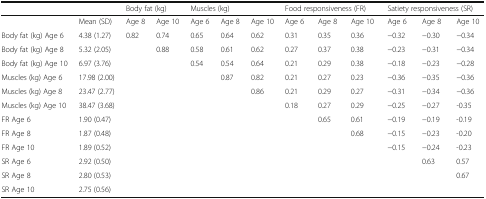
<table><thead><tr><td></td><td></td><td colspan="2"><b>Body fat (kg)</b></td><td colspan="3"><b>Muscles (kg)</b></td><td colspan="3"><b>Food responsiveness (FR)</b></td><td colspan="3"><b>Satiety responsiveness (SR)</b></td></tr></thead><tbody><tr><td></td><td>Mean (SD)</td><td>Age 8</td><td>Age 10</td><td>Age 6</td><td>Age 8</td><td>Age 10</td><td>Age 6</td><td>Age 8</td><td>Age 10</td><td>Age 6</td><td>Age 8</td><td>Age 10</td></tr><tr><td>Body fat (kg) Age 6</td><td>4.38 (1.27)</td><td>0.82</td><td>0.74</td><td>0.65</td><td>0.64</td><td>0.62</td><td>0.31</td><td>0.35</td><td>0.36</td><td>−0.32</td><td>−0.30</td><td>−0.34</td></tr><tr><td>Body fat (kg) Age 8</td><td>5.32 (2.05)</td><td></td><td>0.88</td><td>0.58</td><td>0.61</td><td>0.62</td><td>0.27</td><td>0.37</td><td>0.38</td><td>−0.23</td><td>−0.31</td><td>−0.34</td></tr><tr><td>Body fat (kg) Age 10</td><td>6.97 (3.76)</td><td></td><td></td><td>0.54</td><td>0.54</td><td>0.64</td><td>0.21</td><td>0.29</td><td>0.38</td><td>−0.18</td><td>−0.23</td><td>−0.28</td></tr><tr><td>Muscles (kg) Age 6</td><td>17.98 (2.00)</td><td></td><td></td><td></td><td>0.87</td><td>0.82</td><td>0.21</td><td>0.27</td><td>0.23</td><td>−0.36</td><td>−0.35</td><td>−0.36</td></tr><tr><td>Muscles (kg) Age 8</td><td>23.47 (2.77)</td><td></td><td></td><td></td><td></td><td>0.86</td><td>0.21</td><td>0.29</td><td>0.27</td><td>−0.31</td><td>−0.34</td><td>−0.36</td></tr><tr><td>Muscles (kg) Age 10</td><td>38.47 (3.68)</td><td></td><td></td><td></td><td></td><td></td><td>0.18</td><td>0.27</td><td>0.29</td><td>−0.25</td><td>−0.27</td><td>-0.35</td></tr><tr><td>FR Age 6</td><td>1.90 (0.47)</td><td></td><td></td><td></td><td></td><td></td><td></td><td>0.65</td><td>0.61</td><td>−0.19</td><td>−0.19</td><td>-0.19</td></tr><tr><td>FR Age 8</td><td>1.87 (0.48)</td><td></td><td></td><td></td><td></td><td></td><td></td><td></td><td>0.68</td><td>−0.15</td><td>−0.23</td><td>-0.20</td></tr><tr><td>FR Age 10</td><td>1.89 (0.52)</td><td></td><td></td><td></td><td></td><td></td><td></td><td></td><td></td><td>−0.15</td><td>−0.24</td><td>-0.23</td></tr><tr><td>SR Age 6</td><td>2.92 (0.50)</td><td></td><td></td><td></td><td></td><td></td><td></td><td></td><td></td><td></td><td>0.63</td><td>0.57</td></tr><tr><td>SR Age 8</td><td>2.80 (0.53)</td><td></td><td></td><td></td><td></td><td></td><td></td><td></td><td></td><td></td><td></td><td>0.67</td></tr><tr><td>SR Age 10</td><td>2.75 (0.56)</td><td></td><td></td><td></td><td></td><td></td><td></td><td></td><td></td><td></td><td></td><td></td></tr></tbody></table>